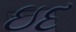
ઇદ